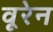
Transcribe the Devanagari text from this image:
वूरेन